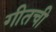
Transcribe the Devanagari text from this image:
गीतची